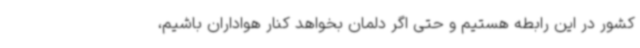
کشور در این رابطه هستیم و حتی اگر دلمان بخواهد کنار هواداران باشیم،